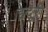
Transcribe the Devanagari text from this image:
हदूरी